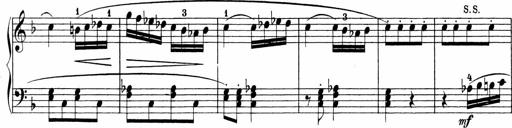
Title: Sonatinen Op.47, 98 und 136, nebst 6 Liedersonatinen
Composer: Carl Reinecke